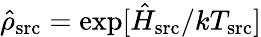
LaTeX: \hat{\rho}_{\mathrm{src}}=\exp[\hat{H}_{\mathrm{src}}/kT_{\mathrm{src}}]